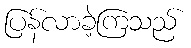
ပြန်လာခဲ့ကြသည်